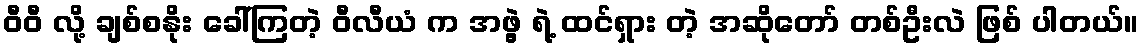
ဝီဝီ လို့ ချစ်စနိုး ခေါ်ကြတဲ့ ဝီလီယံ က အဖွဲ့ ရဲ့ ထင်ရှား တဲ့ အဆိုတော် တစ်ဦးလဲ ဖြစ် ပါတယ်။